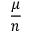
\frac { \mu } { n }